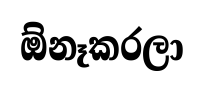
ඕනෑකරලා